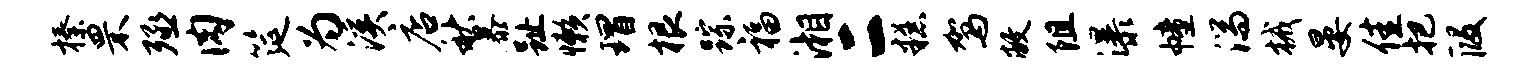
榛罘殛肉筵为溪店秋暴趾懒瑁根踪福湘二糕驾敝阻瀑幢湍械晏佳把段